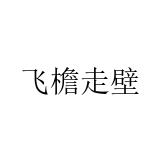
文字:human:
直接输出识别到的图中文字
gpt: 飞檐走壁